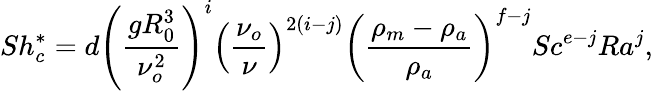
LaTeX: Sh_{c}^{*}=d\left(\frac{gR_{0}^{3}}{\nu_{o}^{2}}\right)^{i}\left(\frac{\nu_{o}}{\nu}\right)^{2(i-j)}\left(\frac{\rho_{m}-\rho_{a}}{\rho_{a}}\right)^{f-j}Sc^{e-j}Ra^{j},